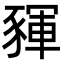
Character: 䝍